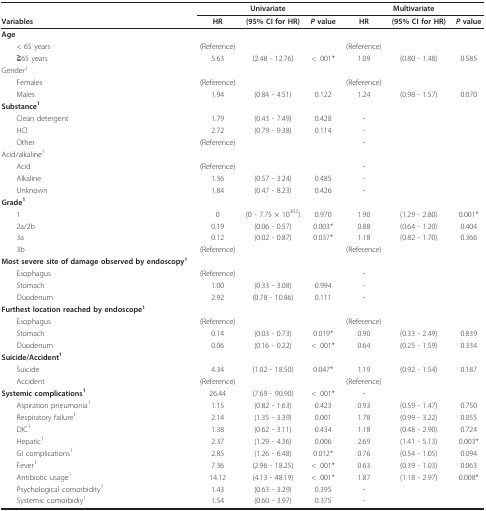
<table><thead><tr><td></td><td colspan="3"><b>Univariate</b></td><td colspan="3"><b>Multivariate</b></td></tr><tr><td><b>Variables</b></td><td><b>HR</b></td><td><b>(95% CI for HR)</b></td><td><b><i>P </i>value</b></td><td><b>HR</b></td><td><b>(95% CI for HR)</b></td><td><b><i>P </i>value</b></td></tr></thead><tbody><tr><td><b>Age</b></td><td></td><td></td><td></td><td></td><td></td><td></td></tr><tr><td> &lt; 65 years</td><td>(Reference)</td><td></td><td></td><td>(Reference)</td><td></td><td></td></tr><tr><td> ≧65 years</td><td>5.63</td><td>(2.48 - 12.76)</td><td>&lt; .001*</td><td>1.09</td><td>(0.80 - 1.48)</td><td>0.585</td></tr><tr><td>Gender<sup>1</sup></td><td></td><td></td><td></td><td></td><td></td><td></td></tr><tr><td> Females</td><td>(Reference)</td><td></td><td></td><td>(Reference)</td><td></td><td></td></tr><tr><td> Males</td><td>1.94</td><td>(0.84 - 4.51)</td><td>0.122</td><td>1.24</td><td>(0.98 - 1.57)</td><td>0.070</td></tr><tr><td><b>Substance<sup>1</sup></b></td><td></td><td></td><td></td><td></td><td></td><td></td></tr><tr><td> Clean detergent</td><td>1.79</td><td>(0.43 - 7.49)</td><td>0.428</td><td>-</td><td></td><td></td></tr><tr><td> HCl</td><td>2.72</td><td>(0.79 - 9.38)</td><td>0.114</td><td>-</td><td></td><td></td></tr><tr><td> Other</td><td>(Reference)</td><td></td><td></td><td>-</td><td></td><td></td></tr><tr><td>Acid/alkaline<sup>1</sup></td><td></td><td></td><td></td><td></td><td></td><td></td></tr><tr><td> Acid</td><td>(Reference)</td><td></td><td></td><td>-</td><td></td><td></td></tr><tr><td> Alkaline</td><td>1.36</td><td>(0.57 - 3.24)</td><td>0.485</td><td>-</td><td></td><td></td></tr><tr><td> Unknown</td><td>1.84</td><td>(0.47 - 8.23)</td><td>0.426</td><td>-</td><td></td><td></td></tr><tr><td><b>Grade<sup>1</sup></b></td><td></td><td></td><td></td><td></td><td></td><td></td></tr><tr><td> 1</td><td>0</td><td>(0 - 7.75 × 10<sup>302</sup>)</td><td>0.970</td><td>1.90</td><td>(1.29 - 2.80)</td><td>0.001*</td></tr><tr><td> 2a/2b</td><td>0.19</td><td>(0.06 - 0.57)</td><td>0.003*</td><td>0.88</td><td>(0.64 - 1.20)</td><td>0.404</td></tr><tr><td> 3a</td><td>0.12</td><td>(0.02 - 0.87)</td><td>0.037*</td><td>1.18</td><td>(0.82 - 1.70)</td><td>0.366</td></tr><tr><td> 3b</td><td>(Reference)</td><td></td><td></td><td>(Reference)</td><td></td><td></td></tr><tr><td><b>Most severe site of damage observed by endoscopy<sup>1</sup></b></td><td></td><td></td><td></td><td></td><td></td><td></td></tr><tr><td> Esophagus</td><td>(Reference)</td><td></td><td></td><td>-</td><td></td><td></td></tr><tr><td> Stomach</td><td>1.00</td><td>(0.33 - 3.08)</td><td>0.994</td><td>-</td><td></td><td></td></tr><tr><td> Duodenum</td><td>2.92</td><td>(0.78 - 10.86)</td><td>0.111</td><td>-</td><td></td><td></td></tr><tr><td><b>Furthest location reached by endoscope<sup>1</sup></b></td><td></td><td></td><td></td><td></td><td></td><td></td></tr><tr><td> Esophagus</td><td>(Reference)</td><td></td><td></td><td>(Reference)</td><td></td><td></td></tr><tr><td> Stomach</td><td>0.14</td><td>(0.03 - 0.73)</td><td>0.019*</td><td>0.90</td><td>(0.33 - 2.49)</td><td>0.839</td></tr><tr><td> Duodenum</td><td>0.06</td><td>(0.16 - 0.22)</td><td>&lt; .001*</td><td>0.64</td><td>(0.25 - 1.59)</td><td>0.334</td></tr><tr><td><b>Suicide/Accident<sup>1</sup></b></td><td></td><td></td><td></td><td></td><td></td><td></td></tr><tr><td> Suicide</td><td>4.34</td><td>(1.02 - 18.50)</td><td>0.047*</td><td>1.19</td><td>(0.92 - 1.54)</td><td>0.187</td></tr><tr><td> Accident</td><td>(Reference)</td><td></td><td></td><td>(Reference)</td><td></td><td></td></tr><tr><td><b>Systemic complications<sup>1</sup></b></td><td>26.44</td><td>(7.69 - 90.90)</td><td>&lt; .001*</td><td>-</td><td></td><td></td></tr><tr><td> Aspiration pneumonia<sup>1</sup></td><td>1.15</td><td>(0.82 - 1.63)</td><td>0.423</td><td>0.93</td><td>(0.59 - 1.47)</td><td>0.750</td></tr><tr><td> Respiratory failure<sup>1</sup></td><td>2.14</td><td>(1.35 - 3.39)</td><td>0.001</td><td>1.78</td><td>(0.99 - 3.22)</td><td>0.055</td></tr><tr><td> DIC<sup>1</sup></td><td>1.38</td><td>(0.62 - 3.11)</td><td>0.434</td><td>1.18</td><td>(0.48 - 2.90)</td><td>0.724</td></tr><tr><td> Hepatic<sup>1</sup></td><td>2.37</td><td>(1.29 - 4.36)</td><td>0.006</td><td>2.69</td><td>(1.41 - 5.13)</td><td>0.003*</td></tr><tr><td> GI complications<sup>1</sup></td><td>2.85</td><td>(1.26 - 6.48)</td><td>0.012*</td><td>0.76</td><td>(0.54 - 1.05)</td><td>0.094</td></tr><tr><td> Fever<sup>1</sup></td><td>7.36</td><td>(2.96 - 18.25)</td><td>&lt; .001*</td><td>0.63</td><td>(0.39 - 1.03)</td><td>0.063</td></tr><tr><td> Antibiotic usage<sup>1</sup></td><td>14.12</td><td>(4.13 - 48.19)</td><td>&lt; .001*</td><td>1.87</td><td>(1.18 - 2.97)</td><td>0.008*</td></tr><tr><td> Psychological comorbidity<sup>1</sup></td><td>1.43</td><td>(0.63 - 3.29)</td><td>0.395</td><td>-</td><td></td><td></td></tr><tr><td> Systemic comorbidiy<sup>1</sup></td><td>1.54</td><td>(0.60 - 3.97)</td><td>0.375</td><td>-</td><td></td><td></td></tr></tbody></table>